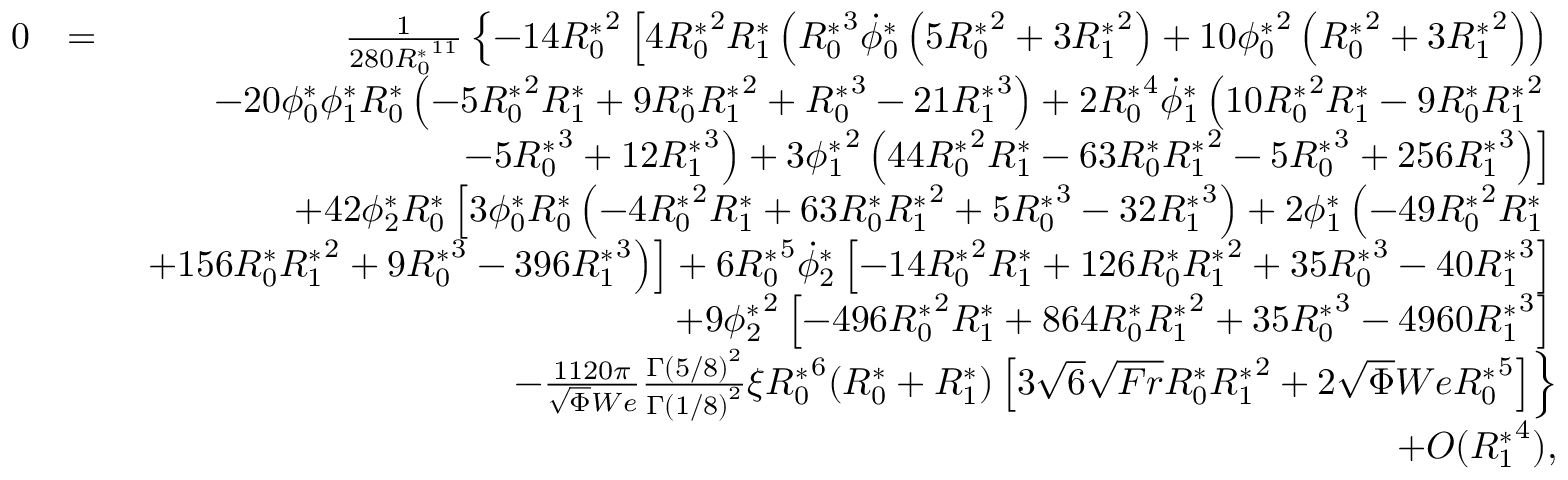
\begin{array} { r l r } { 0 } & { = } & { \frac { 1 } { 2 8 0 { R _ { 0 } ^ { * } } ^ { 1 1 } } \left\{ - 1 4 { R _ { 0 } ^ { * } } ^ { 2 } \left[ 4 { R _ { 0 } ^ { * } } ^ { 2 } { R _ { 1 } ^ { * } } \left( { R _ { 0 } ^ { * } } ^ { 3 } \dot { \phi } _ { 0 } ^ { * } \left( 5 { R _ { 0 } ^ { * } } ^ { 2 } + 3 { R _ { 1 } ^ { * } } ^ { 2 } \right) + 1 0 { \phi _ { 0 } ^ { * } } ^ { 2 } \left( { R _ { 0 } ^ { * } } ^ { 2 } + 3 { R _ { 1 } ^ { * } } ^ { 2 } \right) \right) \right. \right. } \\ & { } & { \left. \left. - 2 0 { \phi _ { 0 } ^ { * } } { \phi _ { 1 } ^ { * } } { R _ { 0 } ^ { * } } \left( - 5 { R _ { 0 } ^ { * } } ^ { 2 } { R _ { 1 } ^ { * } } + 9 { R _ { 0 } ^ { * } } { R _ { 1 } ^ { * } } ^ { 2 } + { R _ { 0 } ^ { * } } ^ { 3 } - 2 1 { R _ { 1 } ^ { * } } ^ { 3 } \right) + 2 { R _ { 0 } ^ { * } } ^ { 4 } \dot { \phi } _ { 1 } ^ { * } \left( 1 0 { R _ { 0 } ^ { * } } ^ { 2 } { R _ { 1 } ^ { * } } - 9 { R _ { 0 } ^ { * } } { R _ { 1 } ^ { * } } ^ { 2 } \right. \right. \right. } \\ & { } & { \left. \left. \left. - 5 { R _ { 0 } ^ { * } } ^ { 3 } + 1 2 { R _ { 1 } ^ { * } } ^ { 3 } \right) + 3 { \phi _ { 1 } ^ { * } } ^ { 2 } \left( 4 4 { R _ { 0 } ^ { * } } ^ { 2 } { R _ { 1 } ^ { * } } - 6 3 { R _ { 0 } ^ { * } } { R _ { 1 } ^ { * } } ^ { 2 } - 5 { R _ { 0 } ^ { * } } ^ { 3 } + 2 5 6 { R _ { 1 } ^ { * } } ^ { 3 } \right) \right] \right. } \\ & { } & { \left. + 4 2 { \phi _ { 2 } ^ { * } } { R _ { 0 } ^ { * } } \left[ 3 { \phi _ { 0 } ^ { * } } { R _ { 0 } ^ { * } } \left( - 4 { R _ { 0 } ^ { * } } ^ { 2 } { R _ { 1 } ^ { * } } + 6 3 { R _ { 0 } ^ { * } } { R _ { 1 } ^ { * } } ^ { 2 } + 5 { R _ { 0 } ^ { * } } ^ { 3 } - 3 2 { R _ { 1 } ^ { * } } ^ { 3 } \right) + 2 { \phi _ { 1 } ^ { * } } \left( - 4 9 { R _ { 0 } ^ { * } } ^ { 2 } { R _ { 1 } ^ { * } } \right. \right. \right. } \\ & { } & { \left. \left. \left. + 1 5 6 { R _ { 0 } ^ { * } } { R _ { 1 } ^ { * } } ^ { 2 } + 9 { R _ { 0 } ^ { * } } ^ { 3 } - 3 9 6 { R _ { 1 } ^ { * } } ^ { 3 } \right) \right] + 6 { R _ { 0 } ^ { * } } ^ { 5 } \dot { \phi } _ { 2 } ^ { * } \left[ - 1 4 { R _ { 0 } ^ { * } } ^ { 2 } { R _ { 1 } ^ { * } } + 1 2 6 { R _ { 0 } ^ { * } } { R _ { 1 } ^ { * } } ^ { 2 } + 3 5 { R _ { 0 } ^ { * } } ^ { 3 } - 4 0 { R _ { 1 } ^ { * } } ^ { 3 } \right] \right. } \\ & { } & { \left. + 9 { \phi _ { 2 } ^ { * } } ^ { 2 } \left[ - 4 9 6 { R _ { 0 } ^ { * } } ^ { 2 } { R _ { 1 } ^ { * } } + 8 6 4 { R _ { 0 } ^ { * } } { R _ { 1 } ^ { * } } ^ { 2 } + 3 5 { R _ { 0 } ^ { * } } ^ { 3 } - 4 9 6 0 { R _ { 1 } ^ { * } } ^ { 3 } \right] \right. } \\ & { } & { \left. - \frac { 1 1 2 0 \pi } { \sqrt { \Phi } W e } \frac { \Gamma \left( 5 / 8 \right) ^ { 2 } } { \Gamma \left( 1 / 8 \right) ^ { 2 } } \xi { R _ { 0 } ^ { * } } ^ { 6 } ( { R _ { 0 } ^ { * } } + { R _ { 1 } ^ { * } } ) \left[ 3 \sqrt { 6 } \sqrt { F r } { R _ { 0 } ^ { * } } { R _ { 1 } ^ { * } } ^ { 2 } + 2 \sqrt { \Phi } W e { R _ { 0 } ^ { * } } ^ { 5 } \right] \right\} } \\ & { } & { + O ( { R _ { 1 } ^ { * } } ^ { 4 } ) , } \end{array}